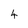
Character: 4